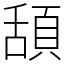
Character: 頢